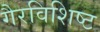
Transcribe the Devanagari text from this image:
गैरविशिष्ट